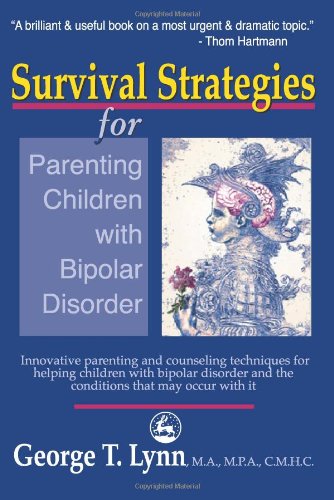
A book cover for Survival Strategies for Parenting Children with Bipolar Disorder: Innovative Parenting and Counseling Techniques for Helping Children with Bipolar Disorder and the Conditions that May Occur with It; George T. Lynn; Teen & Young Adult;